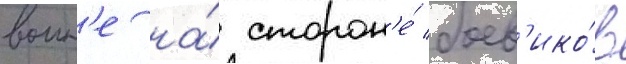
воин'е на́ сторон'е́ боев'ико́в